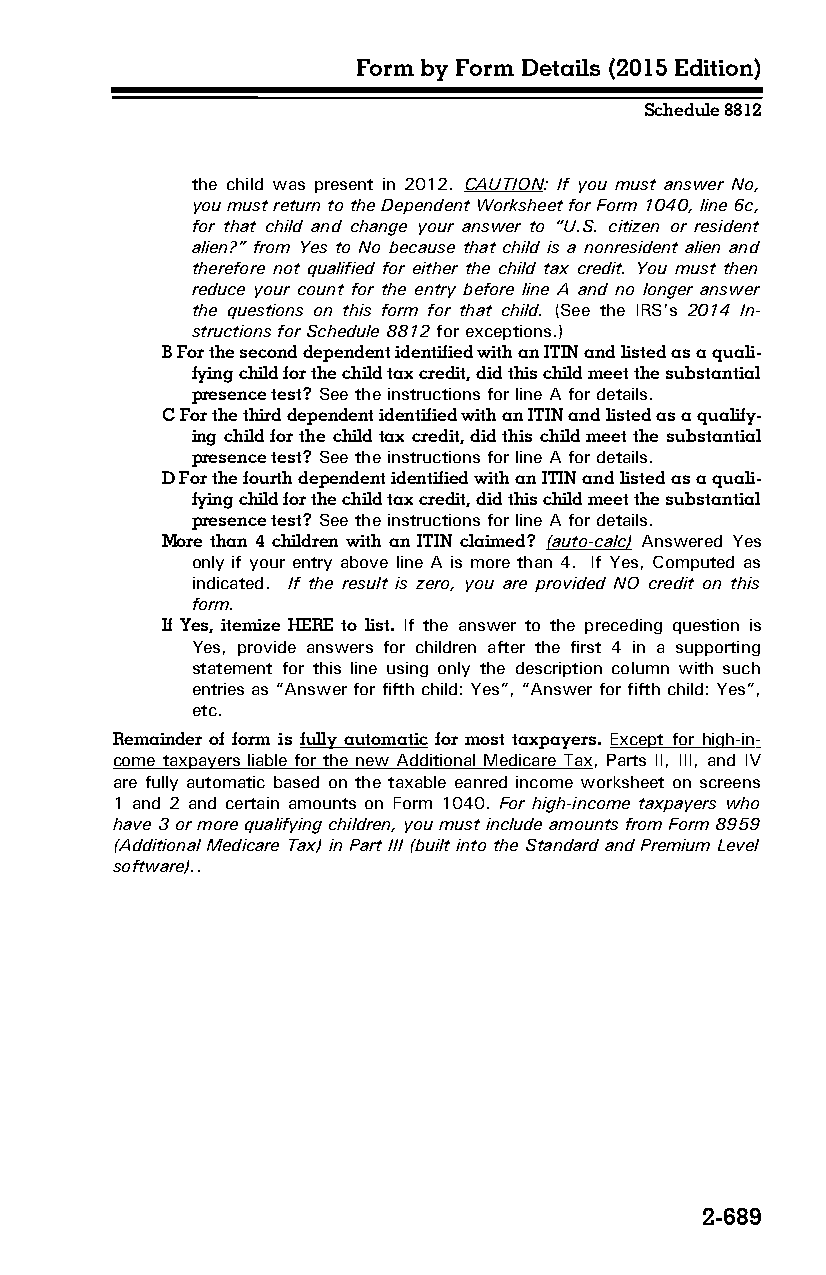
Form by Form Details (2015 Edition)
 Schedule 8812
 the child was present in 2012. CAUTION: If you must answer No,
 you must return to the Dependent Worksheet for Form 1040, line 6c,
 for that child and change your answer to “U.S. citizen or resident
 alien?” from Yes to No because that child is a nonresident alien and
 therefore not qualified for either the child tax credit. You must then
 reduce your count for the entry before line A and no longer answer
 the questions on this form for that child. (See the IRS’s 2014 In­
 structions for Schedule 8812 for exceptions.)
 B For the second dependent identified with an ITIN and listed as a quali­
 fying child for the child tax credit, did this child meet the substantial
 presence test? See the instructions for line A for details.
 C For the third dependent identified with an ITIN and listed as a qualify­
 ing child for the child tax credit, did this child meet the substantial
 presence test? See the instructions for line A for details.
 D For the fourth dependent identified with an ITIN and listed as a quali­
 fying child for the child tax credit, did this child meet the substantial
 presence test? See the instructions for line A for details.
 More than 4 children with an ITIN claimed? (auto-calc) Answered Yes
 only if your entry above line A is more than 4. If Yes, Computed as
 indicated. If the result is zero, you are provided NO credit on this
 form.
 If Yes, itemize HERE to list. If the answer to the preceding question is
 Yes, provide answers for children after the first 4 in a supporting
 statement for this line using only the description column with such
 entries as “Answer for fifth child: Yes”, “Answer for fifth child: Yes”,
 etc.
 Remainder of form is fully automatic for most taxpayers. Except for high-in­
 come taxpayers liable for the new Additional Medicare Tax, Parts II, III, and IV
 are fully automatic based on the taxable eanred income worksheet on screens
 1 and 2 and certain amounts on Form 1040. For high-income taxpayers who
 have 3 or more qualifying children, you must include amounts from Form 8959
 (Additional Medicare Tax) in Part III (built into the Standard and Premium Level
 software)..
 2-689